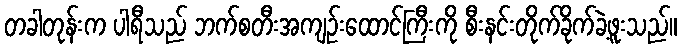
တခါတုန်းက ပါရီသည် ဘက်စတီးအကျဉ်းထောင်ကြီးကို စီးနင်းတိုက်ခိုက်ခဲ့ဖူးသည်။